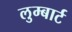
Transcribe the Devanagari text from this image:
लुम्बार्ट